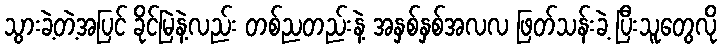
သွားခဲ့တဲ့အပြင် ခိုင်မြဲနဲ့လည်း တစ်ညတည်းနဲ့ အနှစ်နှစ်အလလ ဖြတ်သန်းခဲ့ ပြီးသူတွေလို